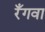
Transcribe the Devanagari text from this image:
रँगवा